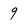
Character: 9